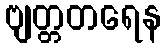
ဗျတ္တတရေန